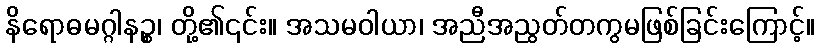
နိရောဓမဂ္ဂါနဉ္စ၊ တို့၏၎င်း။ အသမဝါယာ၊ အညီအညွတ်တကွမဖြစ်ခြင်းကြောင့်။